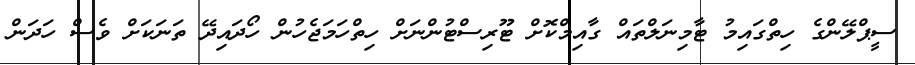
ސީޕްލޭންގެ ހިތްގައިމު ޓާމިނަލްތައް ގާއިމްކޮށް ޓޫރިސްޓުންނަށް ހިތްހަމަޖެހުން ހޯދައިދޭ ތަނަކަށް ވެސް ހަދަން